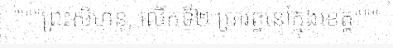
"""ព្រះសីហនុ, លើកទី២ ប្រារព្ធនៅក្នុងខេត្ត"""